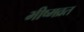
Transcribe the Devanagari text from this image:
भीष्मव्रत